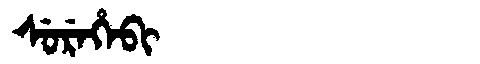
Manchu: ᠰᡠᡵᡝᡥᡝᠪᡳ
Romanization: SUREHEBI